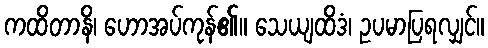
ကထိတာနိ၊ ဟောအပ်ကုန်၏။ သေယျထိဒံ၊ ဥပမာပြရလျှင်။